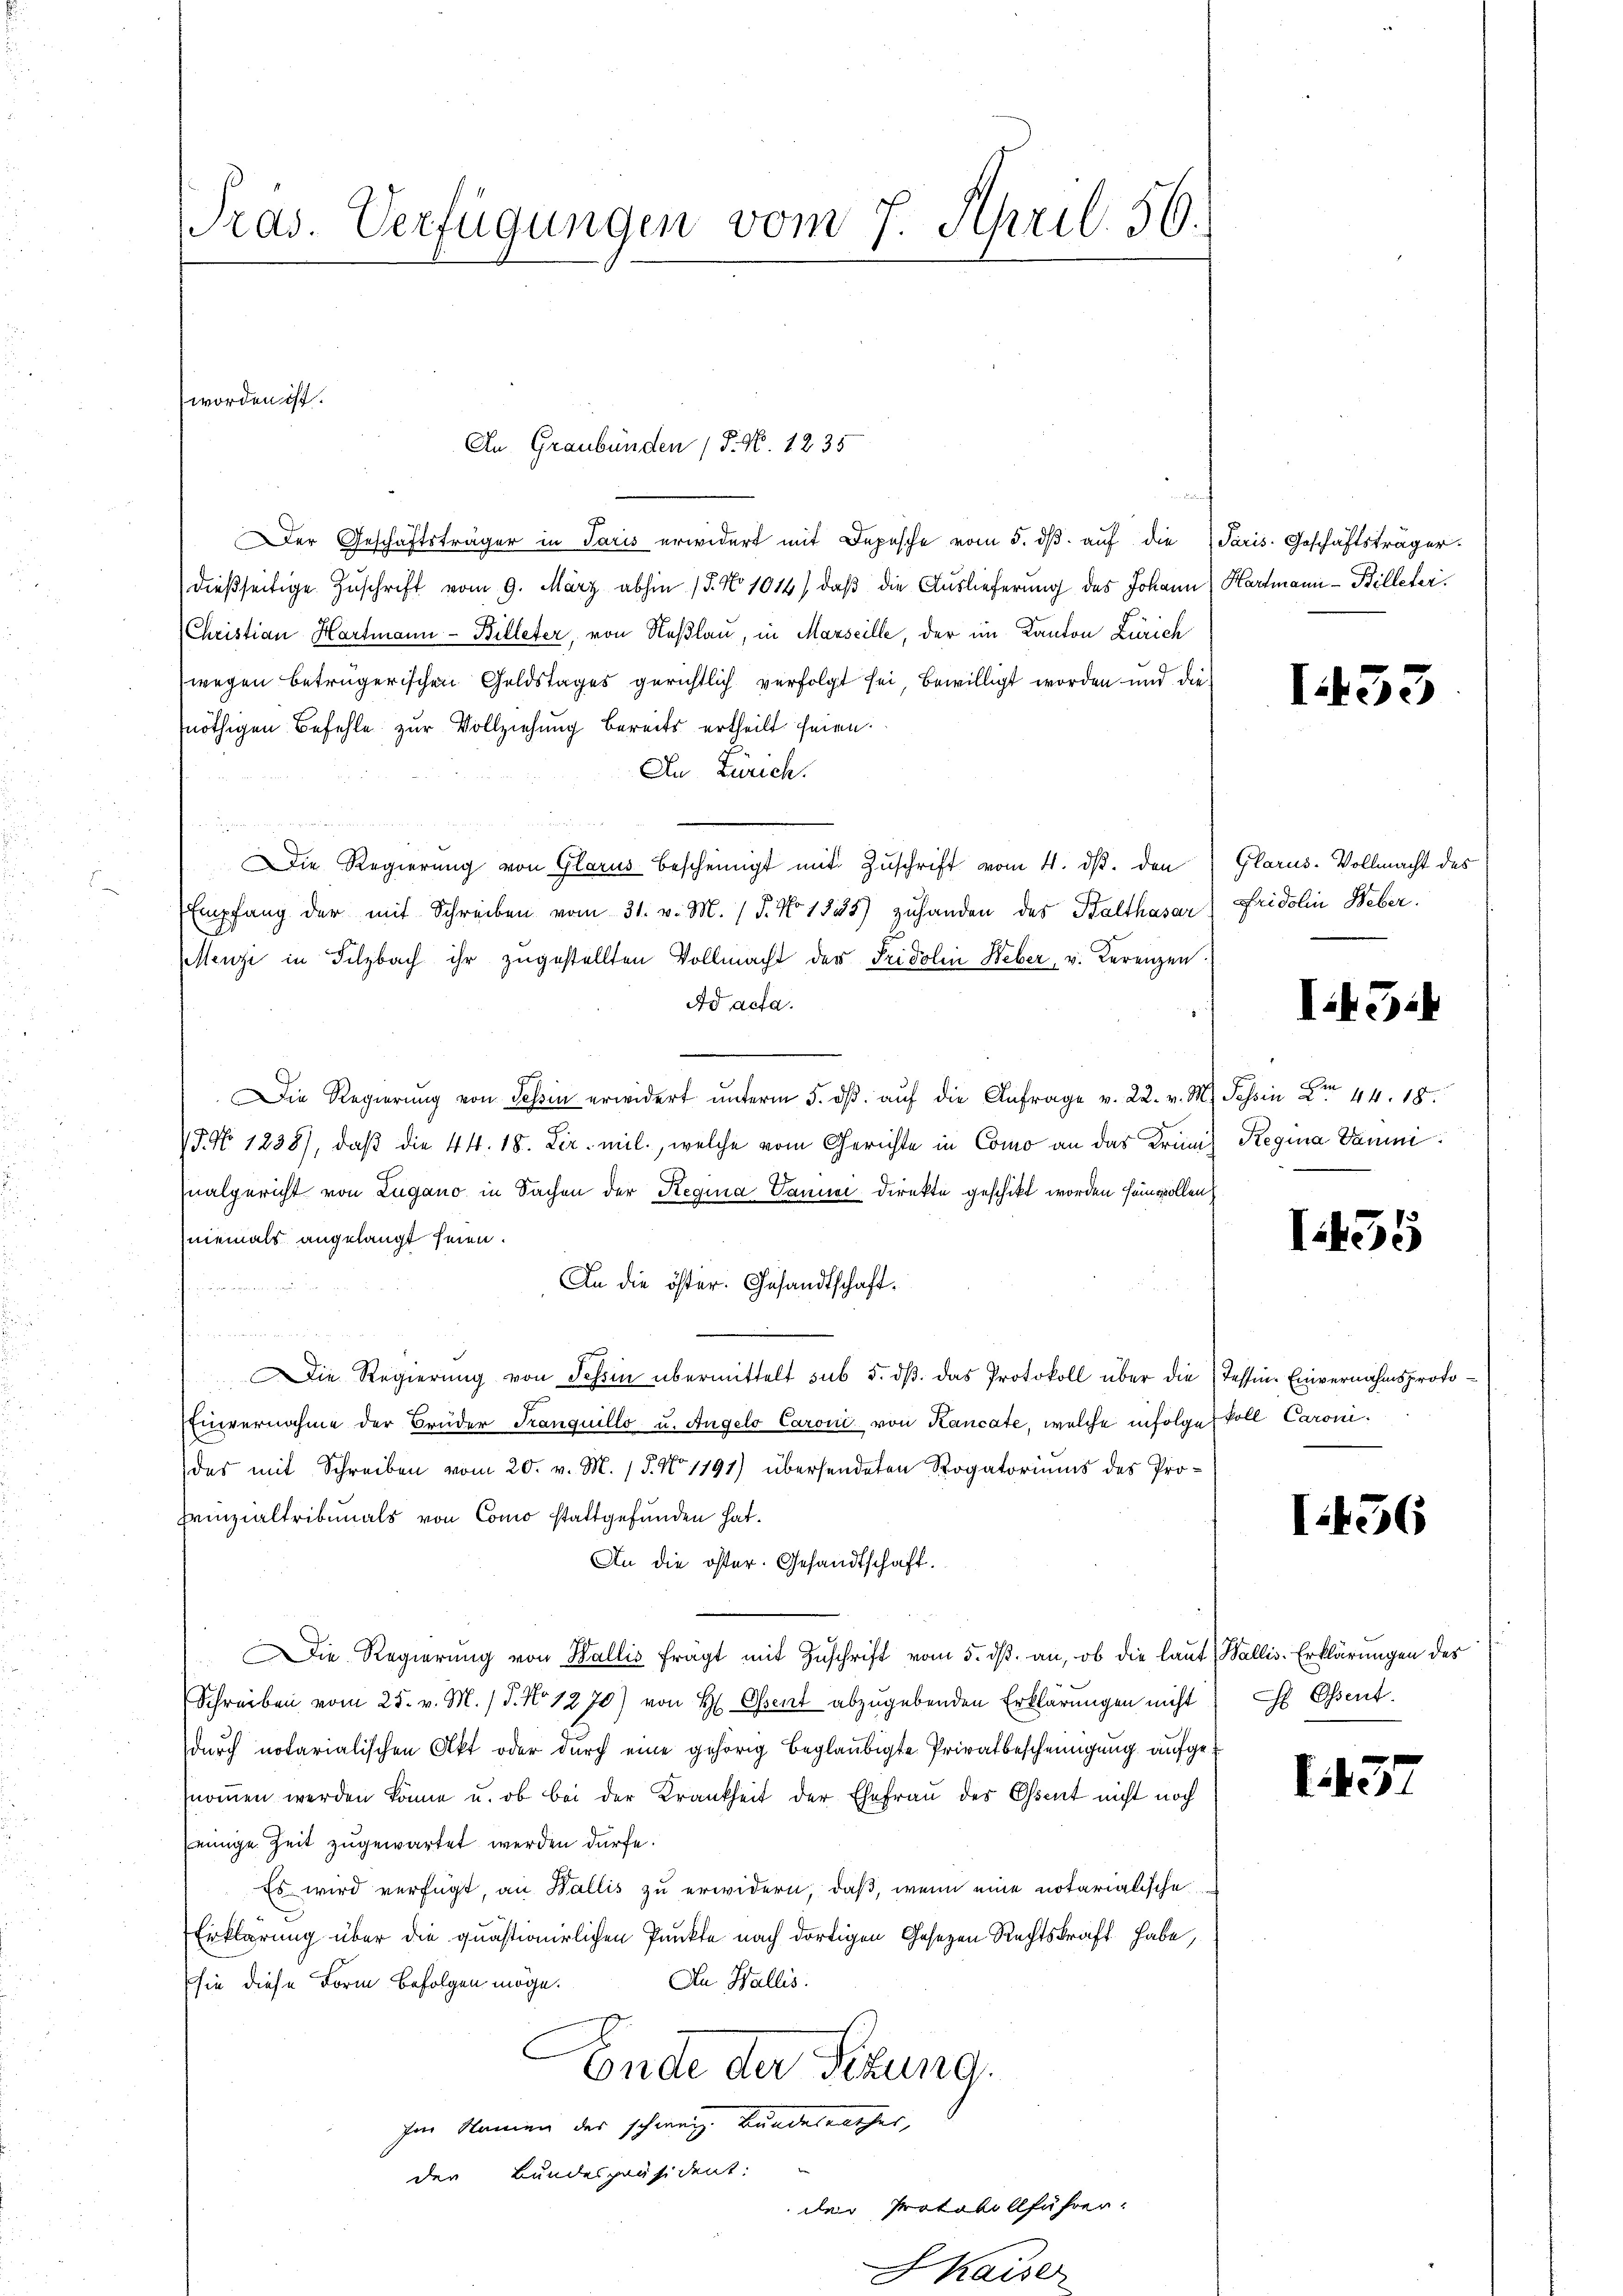
Pras. Verfügungen vom 7. April. 56.

worden ist.

h
Der Geschäftsträger in Paris erwidert mit Depesche vom 5. dβ aŭf die Paris. Geschäftsträger
dießseitige Zuschrift vom 9. März abhin 15. No 1014/ daß die Auslieferung des Johann
(Christian Hartmann - Billeter, von Neßlau, in Marseille, der im Kanton Zürich
wegen betrügerischen Geldstages gerichtlich verfolgt sei, bewilligt worden und die
nöthigen Befehle zur Vollziehung bereits ertheilt seien.
An Zürich.
Die Regierung von Glarus bescheinigt mit Zuschrift vom 4. ds. den
Empfang der mit Schreiben vom 31. v. M. / 5. No 1338) zuhanden des Balthasar
Menzi in Filzbach ihr zugestellten Vollmacht der Fridolin Weber, v. Kerenzen
Ad acta.
Die Regierŭng von Sohin erwidert ŭnterm 5. dβ aŭf die Anfrage v. 22. v. M. Tessin X 44. 18.
15 No 1238), daβ die 44. 18. Dez. mil., welche vom Gerichte in Como an das Krimi Regina Dami
nalgericht von Lugano in Sachen der Regia Danner Direkte geschikt worden sein wollen
niemals angelangt seien.
An die öfter. Gesandtschaft.
Die Regierŭng von Schon übermittelt sub 5. dβ das Protokoll über die Tessin-Einvernahmsproto¬
Einvernahme der Brüder Tranquillo u. Angelo Caroni von Kancate, welche infolge koll Caronidas mit Schreiben vom 20. v. M. 18. No 1191) übersendeten Rogatoriums des Pro¬
Prinzialtribunals von Como stattgefunden hat.
An die öster. Gesandtschaft.
Die Regierŭng von Wallis frägt mit Zŭschrift vom 5. dβ an, ob die laut (Wallis. Erklärungen des
Schreiben vom 25. v. M. / 5. No 1270) von H. Osent abzugebenden Erklärungen nicht C Ossent.
durch notarialischen Akt oder durch eine gehörig beglaubigte Privatbescheinigung aufgenoṁen werden könne u. ob bei der Krankheit der Ehefrau des Cent nicht noch
einige Zeit zugewartet werden dürfe.
Es wird verfügt, an Wallis zu erwidern, daß, wenn eine notarialische
Erklärung über die quästionirlichen Punkte nach dortigen Gesetzen Rechtskraft habe,
An Wallis.
sie diese Form befolgen möge.
Ende der Sitzung.
Im Namen des schweiz. Bundesrathes,
der Bundespräsident:
der Protokollführer.

An Graubünden (T. No. 1235

Kaise

Hartmann - Billeter.

I53

Glarus. Vollmacht des
Fridolin Weber.

I43

I55

1456

I.3.